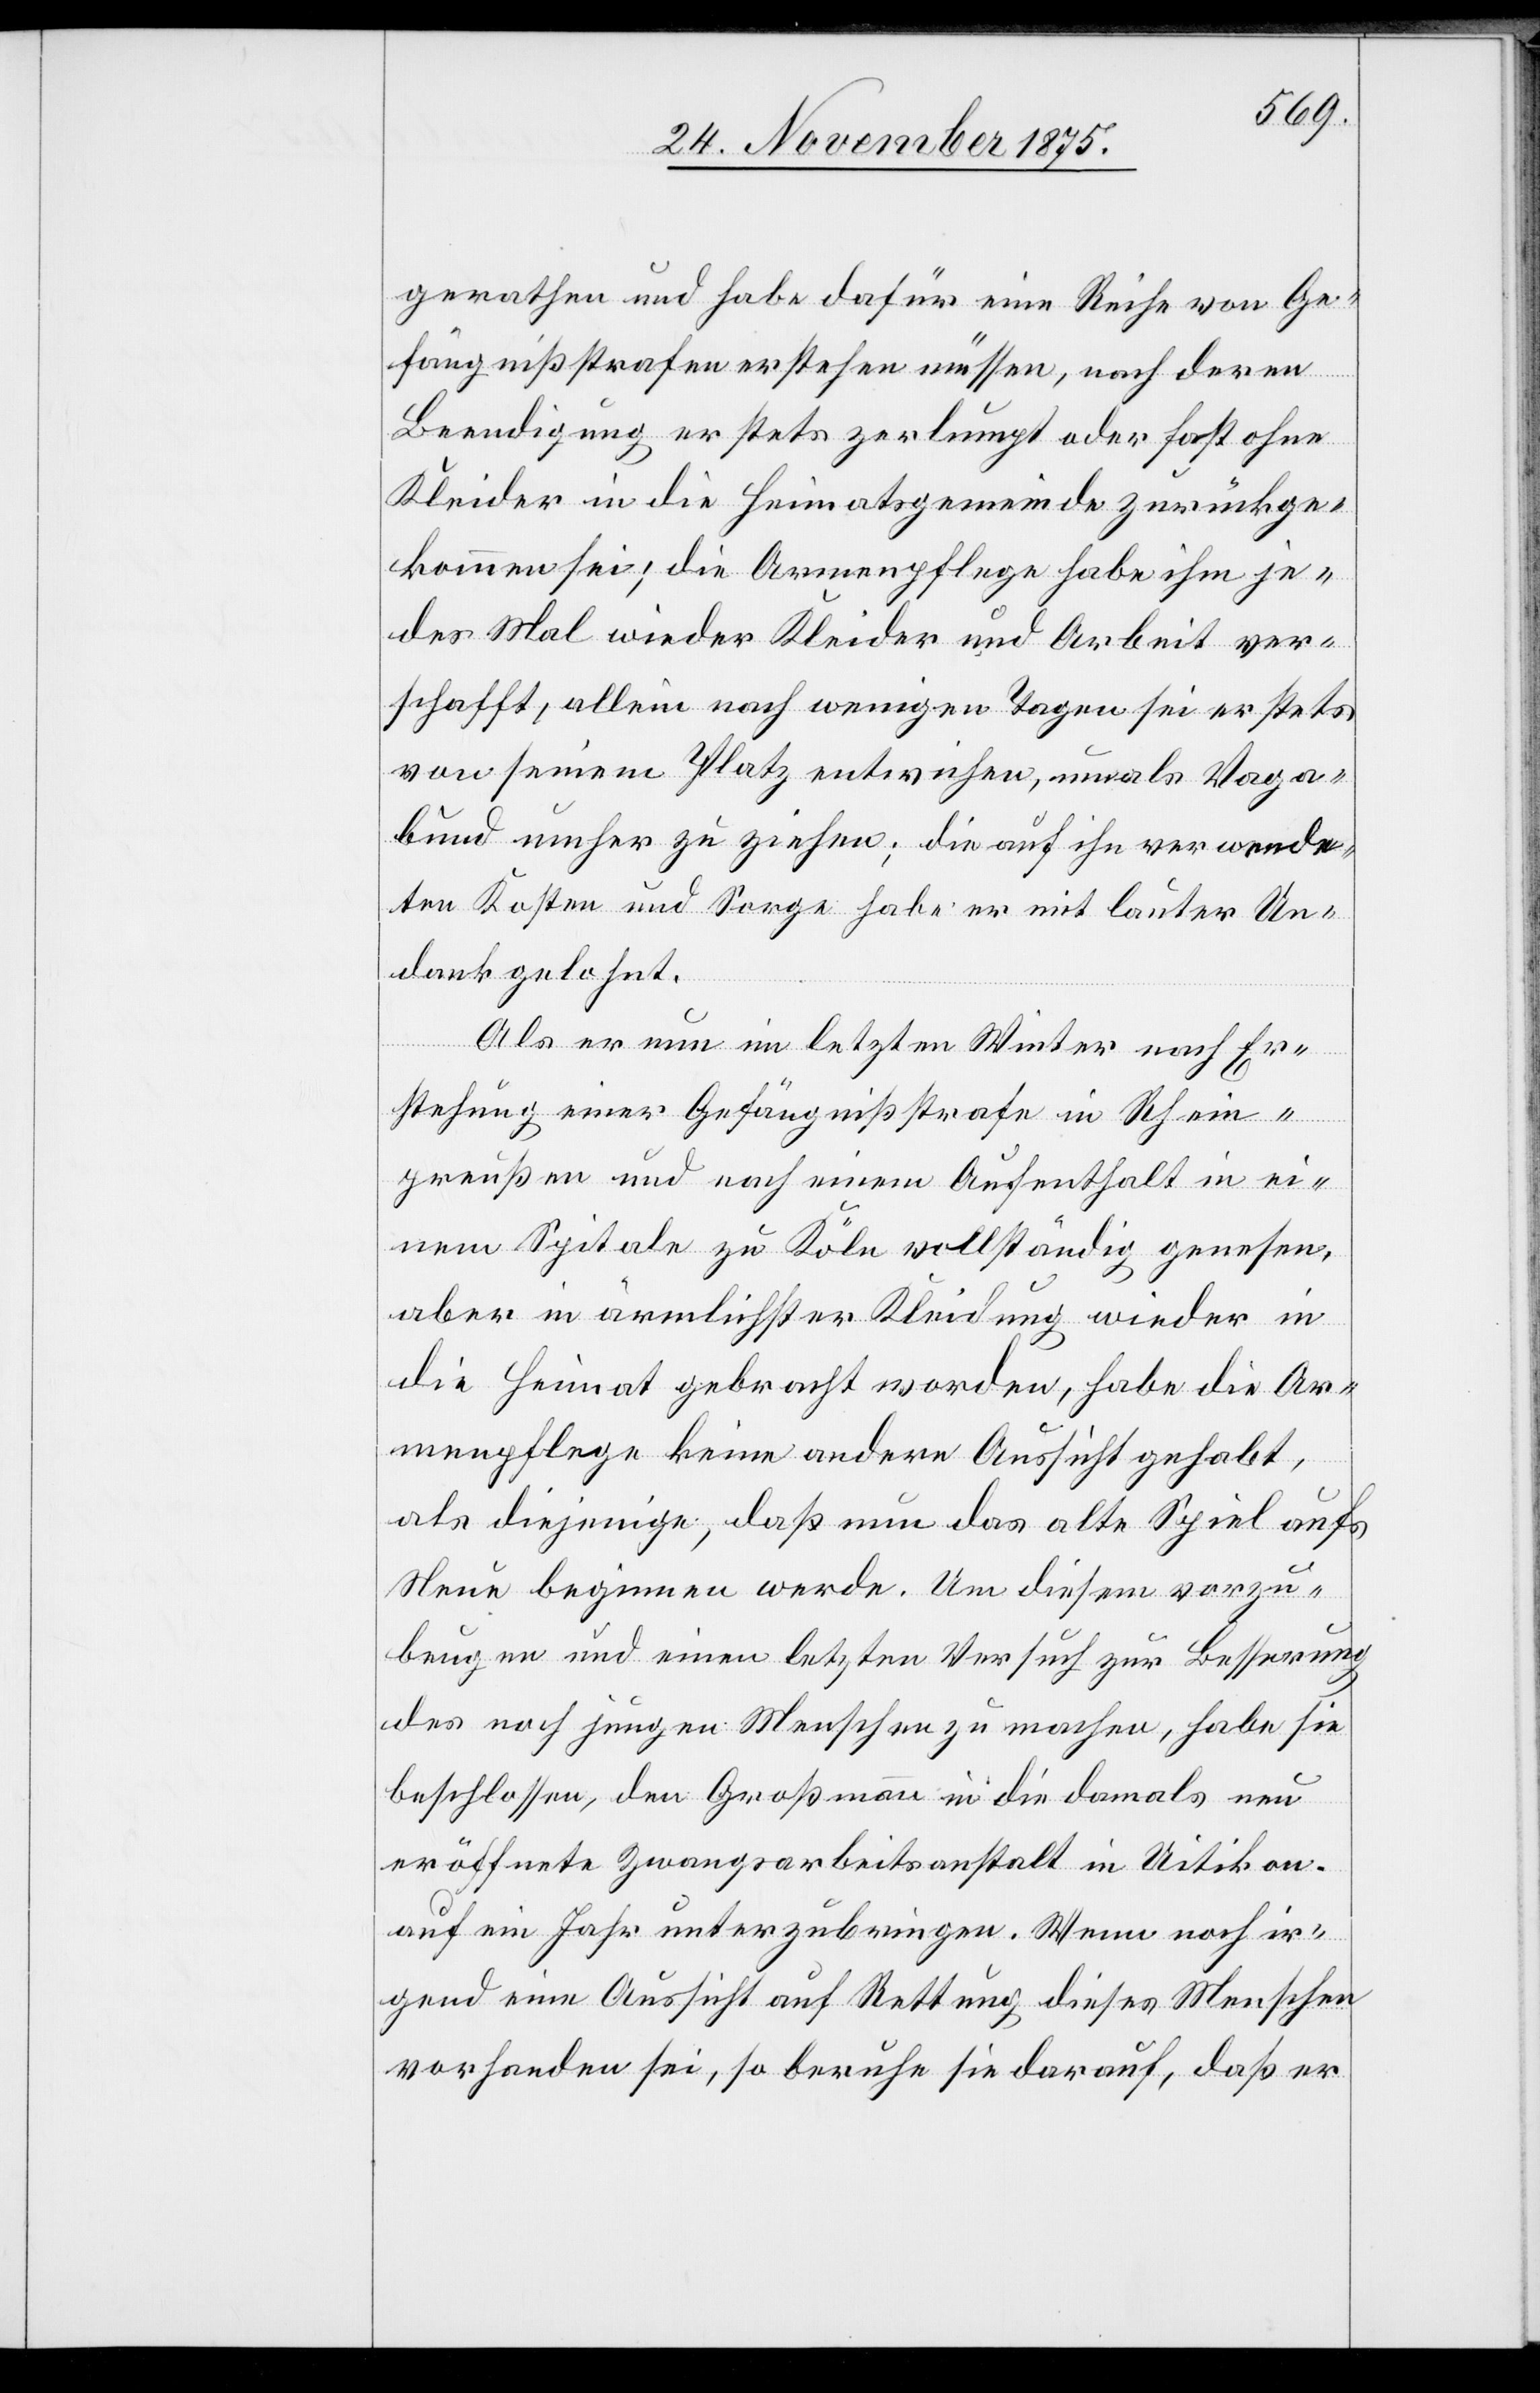
gerathen und habe dafür eine Reihe von Ge¬
fängnißstrafen erstehen müssen, nach deren
Beendigung er stets zerlumpt oder fast ohne
Kleider in die Heimatsgemeinde zurückge¬
kommen sei; die Armenpflege habe ihm je¬
des Mal wieder Kleider und Arbeit ver¬
schafft, allein nach wenigen Tagen sei er stets
von seinem Platz entwichen, um als Vaga¬
bund umher zu ziehen; die auf ihn verwende¬
ten Kosten und Sorge habe er mit lauter Un¬
dank gelohnt.
Als er nun im letzten Winter nach Er¬
stehung einer Gefängnißstrafe in Rhein¬
preußen und nach einem Aufenthalt in ei¬
nem Spitale zu Köln vollständig genesen,
aber in ärmlichster Kleidung wieder in
die Heimat gebracht worden, habe die Ar¬
menpflege keine andere Aussicht gehabt,
als diejenige, daß nun das alte Spiel aufs
Neue beginnen werde. Um diesem vorzu¬
beugen und einen letzten Versuch zur Besserung
des noch jungen Menschen zu machen, habe sie
beschlossen, den Großmann in die damals neu
eröffnete Zwangsarbeitsanstalt in Uitikon
auf ein Jahr unterzubringen. Wenn noch ir¬
gend eine Aussicht auf Rettung dieses Menschen
vorhanden sei, so beruhe sie darauf, daß er